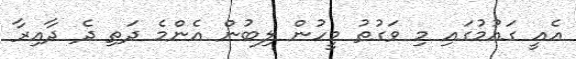
އެއީ ގައުމުގައި މި ވަގުތު މީހުން ލިބުން އެންމެ ދަތި ދެ ދާއިރާ